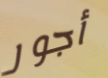
أجور